Triennial report on the lunatic asylums in the province of Eastern Bengal and Assam - 1903-1911
Year: 1903
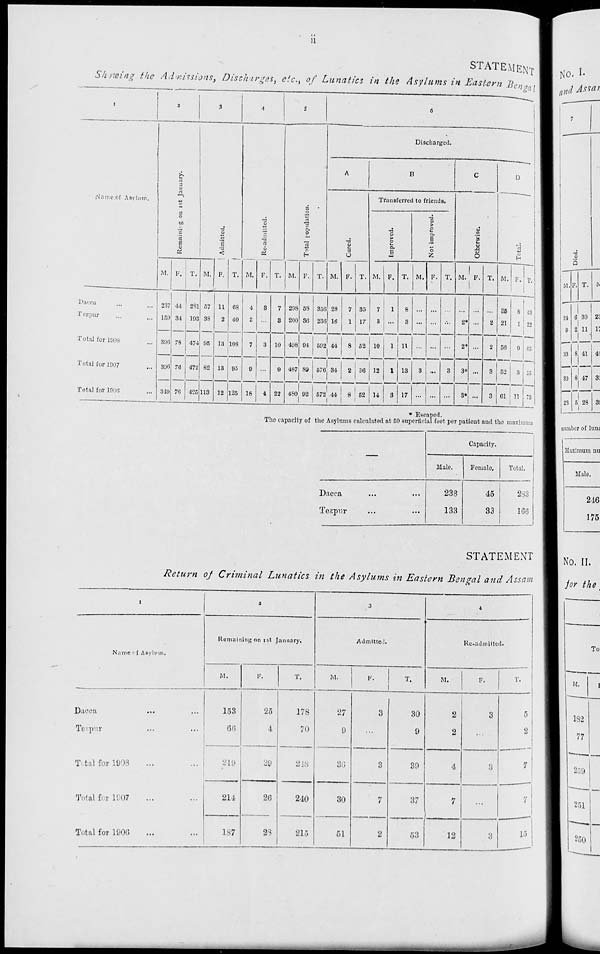
ii
STATEMENT
Showing the Admissions, Discharges, etc., of Lunatics in the Asylums in Eastern Bengal
1
Name of Asylam.
Dacca ... ...
Tezpur ... ...
Total for 1998 ...
Total for 1997 ...
Total for 1996 ...
2
3
Remainig on 1st January.
Admitted.
M.
237
159
396
396
319
F.
44
34
78
76
76
T.
281
193
474
472
425
M.
57
38
95
82
113
F.
11
2
13
13
12
T.
68
40
108
93
125
4
Re-admitted.
M.
4
3
7
9
18
F.
3
...
3
...
4
T.
7
8
10
9
22
5
Total population.
M.
298
200
498
487
480
F.
58
30
94
89
92
T.
356
236
592
576
572
6
Discharged.
A
Cured.
M.
28
16
44
34
44
F.
7
1
8
2
8
T.
35
17
52
36
52
B
Transferred to friends.
Improved.
M.
7
3
10
12
14
F.
1
...
1
1
3
T.
8
3
11
13
17
Not improved.
M.
...
...
...
3
...
F.
...
...
...
...
...
T.
...
...
...
3
...
C
Otherwise.
M.
...
2*
2*
3*
3*
F.
...
...
...
...
...
T.
2
2
3
3
D
Total.
M.
35
21
56
52
61
F.
8
1
9
3
11
T.
43
22
65
55
72
* Escaped.
The capacity of the Asylums calculated at 50 superficial feet per patient and the maximum
—
Dacca ... ...
Tezpur ... ...
Capacity.
Male.
238
133
Female.
45
33
Total.
283
166
STATEMENT
Return of Criminal Lunatics in the Asylums in Eastern Bengal and Assam
1
Name of Asylum.
Dacca ... ...
Tezpur ... ...
Total for 1908 ... ...
Total for 1907 ... ...
Total for 1906 ... ...
2
Remaining on 1st January.
M.
153
66
219
214
187
F.
25
4
29
20
28
T.
178
70
233
210
215
3
Admitted.
M.
27
9
36
30
51
F.
3
...
3
7
2
T.
30
9
39
37
53
4
Re-admittted.
M.
2
2
4
7
12
F.
3
...
3
...
3
T.
5
2
7
7
15